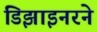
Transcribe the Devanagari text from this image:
डिझाइनरने